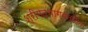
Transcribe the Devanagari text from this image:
श्रीमदभागवत्गीता